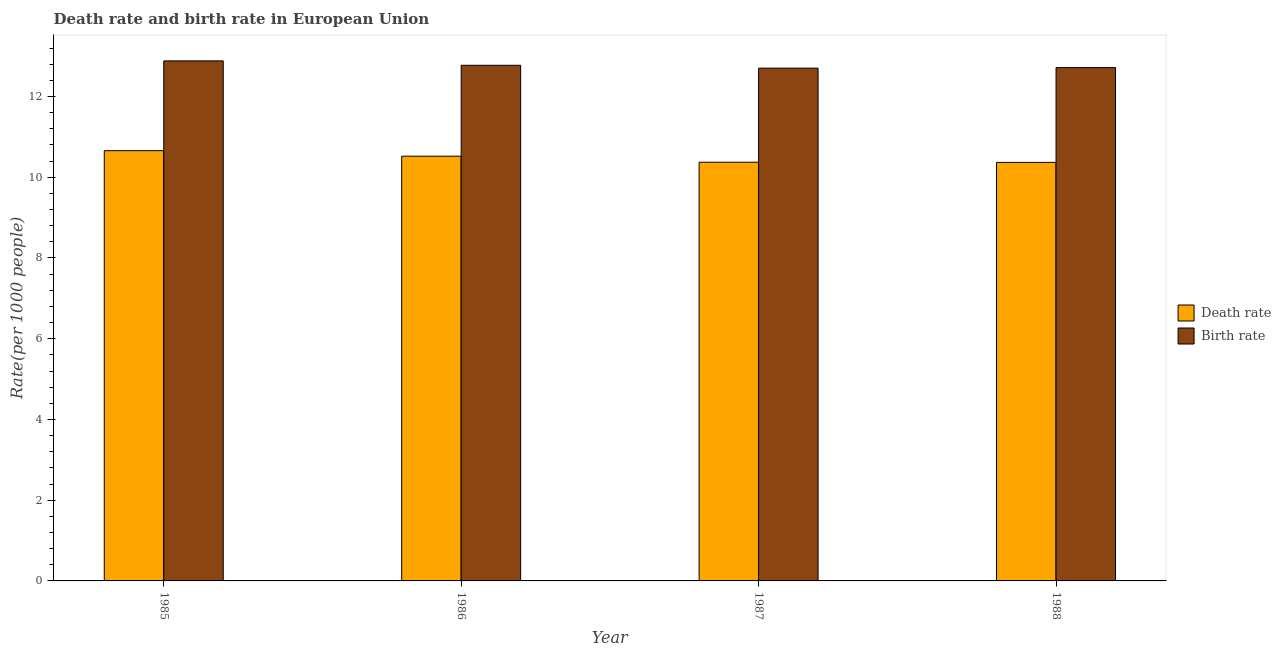
| Year | Death rate | Birth rate |
 | --- | --- | --- |
 | 1985 | 10.7 | 12.9 |
 | 1986 | 10.5 | 12.8 |
 | 1987 | 10.4 | 12.7 |
 | 1988 | 10.4 | 12.7 |